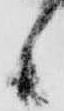
候